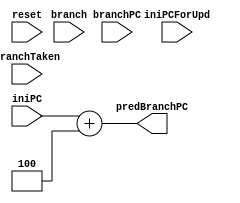
`timescale 1ns / 1ps
//////////////////////////////////////////////////////////////////////////////////
// Company: 
// Engineer: 
// 
// Design Name: 
// Module Name: predictor
// Project Name: 
// Target Devices: 
// Tool Versions: 
// Description: 
// 
// Dependencies: 
// 
// Revision:
// Revision 0.01 - File Created
// Additional Comments:
// 
//////////////////////////////////////////////////////////////////////////////////


module predictor(
        input branch,//IDBEQ
        input [31:0] iniPC,
        input [31:0] iniPCForUpd,
        input reset,
        input branchTaken,
        input [31:0] branchPC,
        output [31:0] predBranchPC 
    );
    //predict
    assign predBranchPC = iniPC + 4;
    //upd in ID
endmodule
/*
`timescale 1ns / 1ps
//////////////////////////////////////////////////////////////////////////////////
// Company: 
// Engineer: 
// 
// Design Name: 
// Module Name: predictor
// Project Name: 
// Target Devices: 
// Tool Versions: 
// Description: 
// 
// Dependencies: 
// 
// Revision:
// Revision 0.01 - File Created
// Additional Comments:
// 
//////////////////////////////////////////////////////////////////////////////////


module predictor(
        input branch,//IDBEQ
        input [31:0] iniPC,
        input [31:0] iniPCForUpd,
        input reset,
        input branchTaken,
        input [31:0] branchPC,
        output [31:0] predBranchPC 
    );
    reg [31:0] BTB[63:0];     //Branch target buffer
    reg [1:0] BHT[4095:0];    //Branch History Table
    wire [31:0] BTB_VALUE;//6bits index
    wire [1:0] BHT_VALUE;  //1024 * 2 * 2 12 bits
    reg [31:0] tmp;
    integer i;
    assign BTB_VALUE = BTB[iniPC & 6'b111111];
    assign BHT_VALUE = BHT[iniPC & 12'b111111111111];
    
    
    //predict
    assign predBranchPC = (BHT_VALUE & 2'b10) ? BTB_VALUE : iniPC + 4;
    //upd in ID
    always @ (iniPC or iniPCForUpd or branchTaken or branchPC)
    begin
        if(branch)
        begin
            tmp = branchPC;
            if (branchTaken == 1)
            begin
                if(BHT_VALUE < 2'b11) BHT[iniPCForUpd & 12'b111111111111] = BHT[iniPCForUpd & 12'b111111111111] + 1;
                BTB[iniPCForUpd & 6'b111111] = branchPC;
            end
            else
            begin
                if(BHT_VALUE > 2'b00) BHT[iniPCForUpd & 12'b111111111111] = BHT[iniPCForUpd & 12'b111111111111] - 1;
            end
        end
    end
    
    
    initial begin
        tmp = 0;
        for(i = 0; i < 64; i = i + 1)
        begin
            BTB[i] = 0;
        end
        
        for(i = 0; i < 4096; i = i + 1)
        begin
            BHT[i] = 0;
        end
    end
endmodule

*/